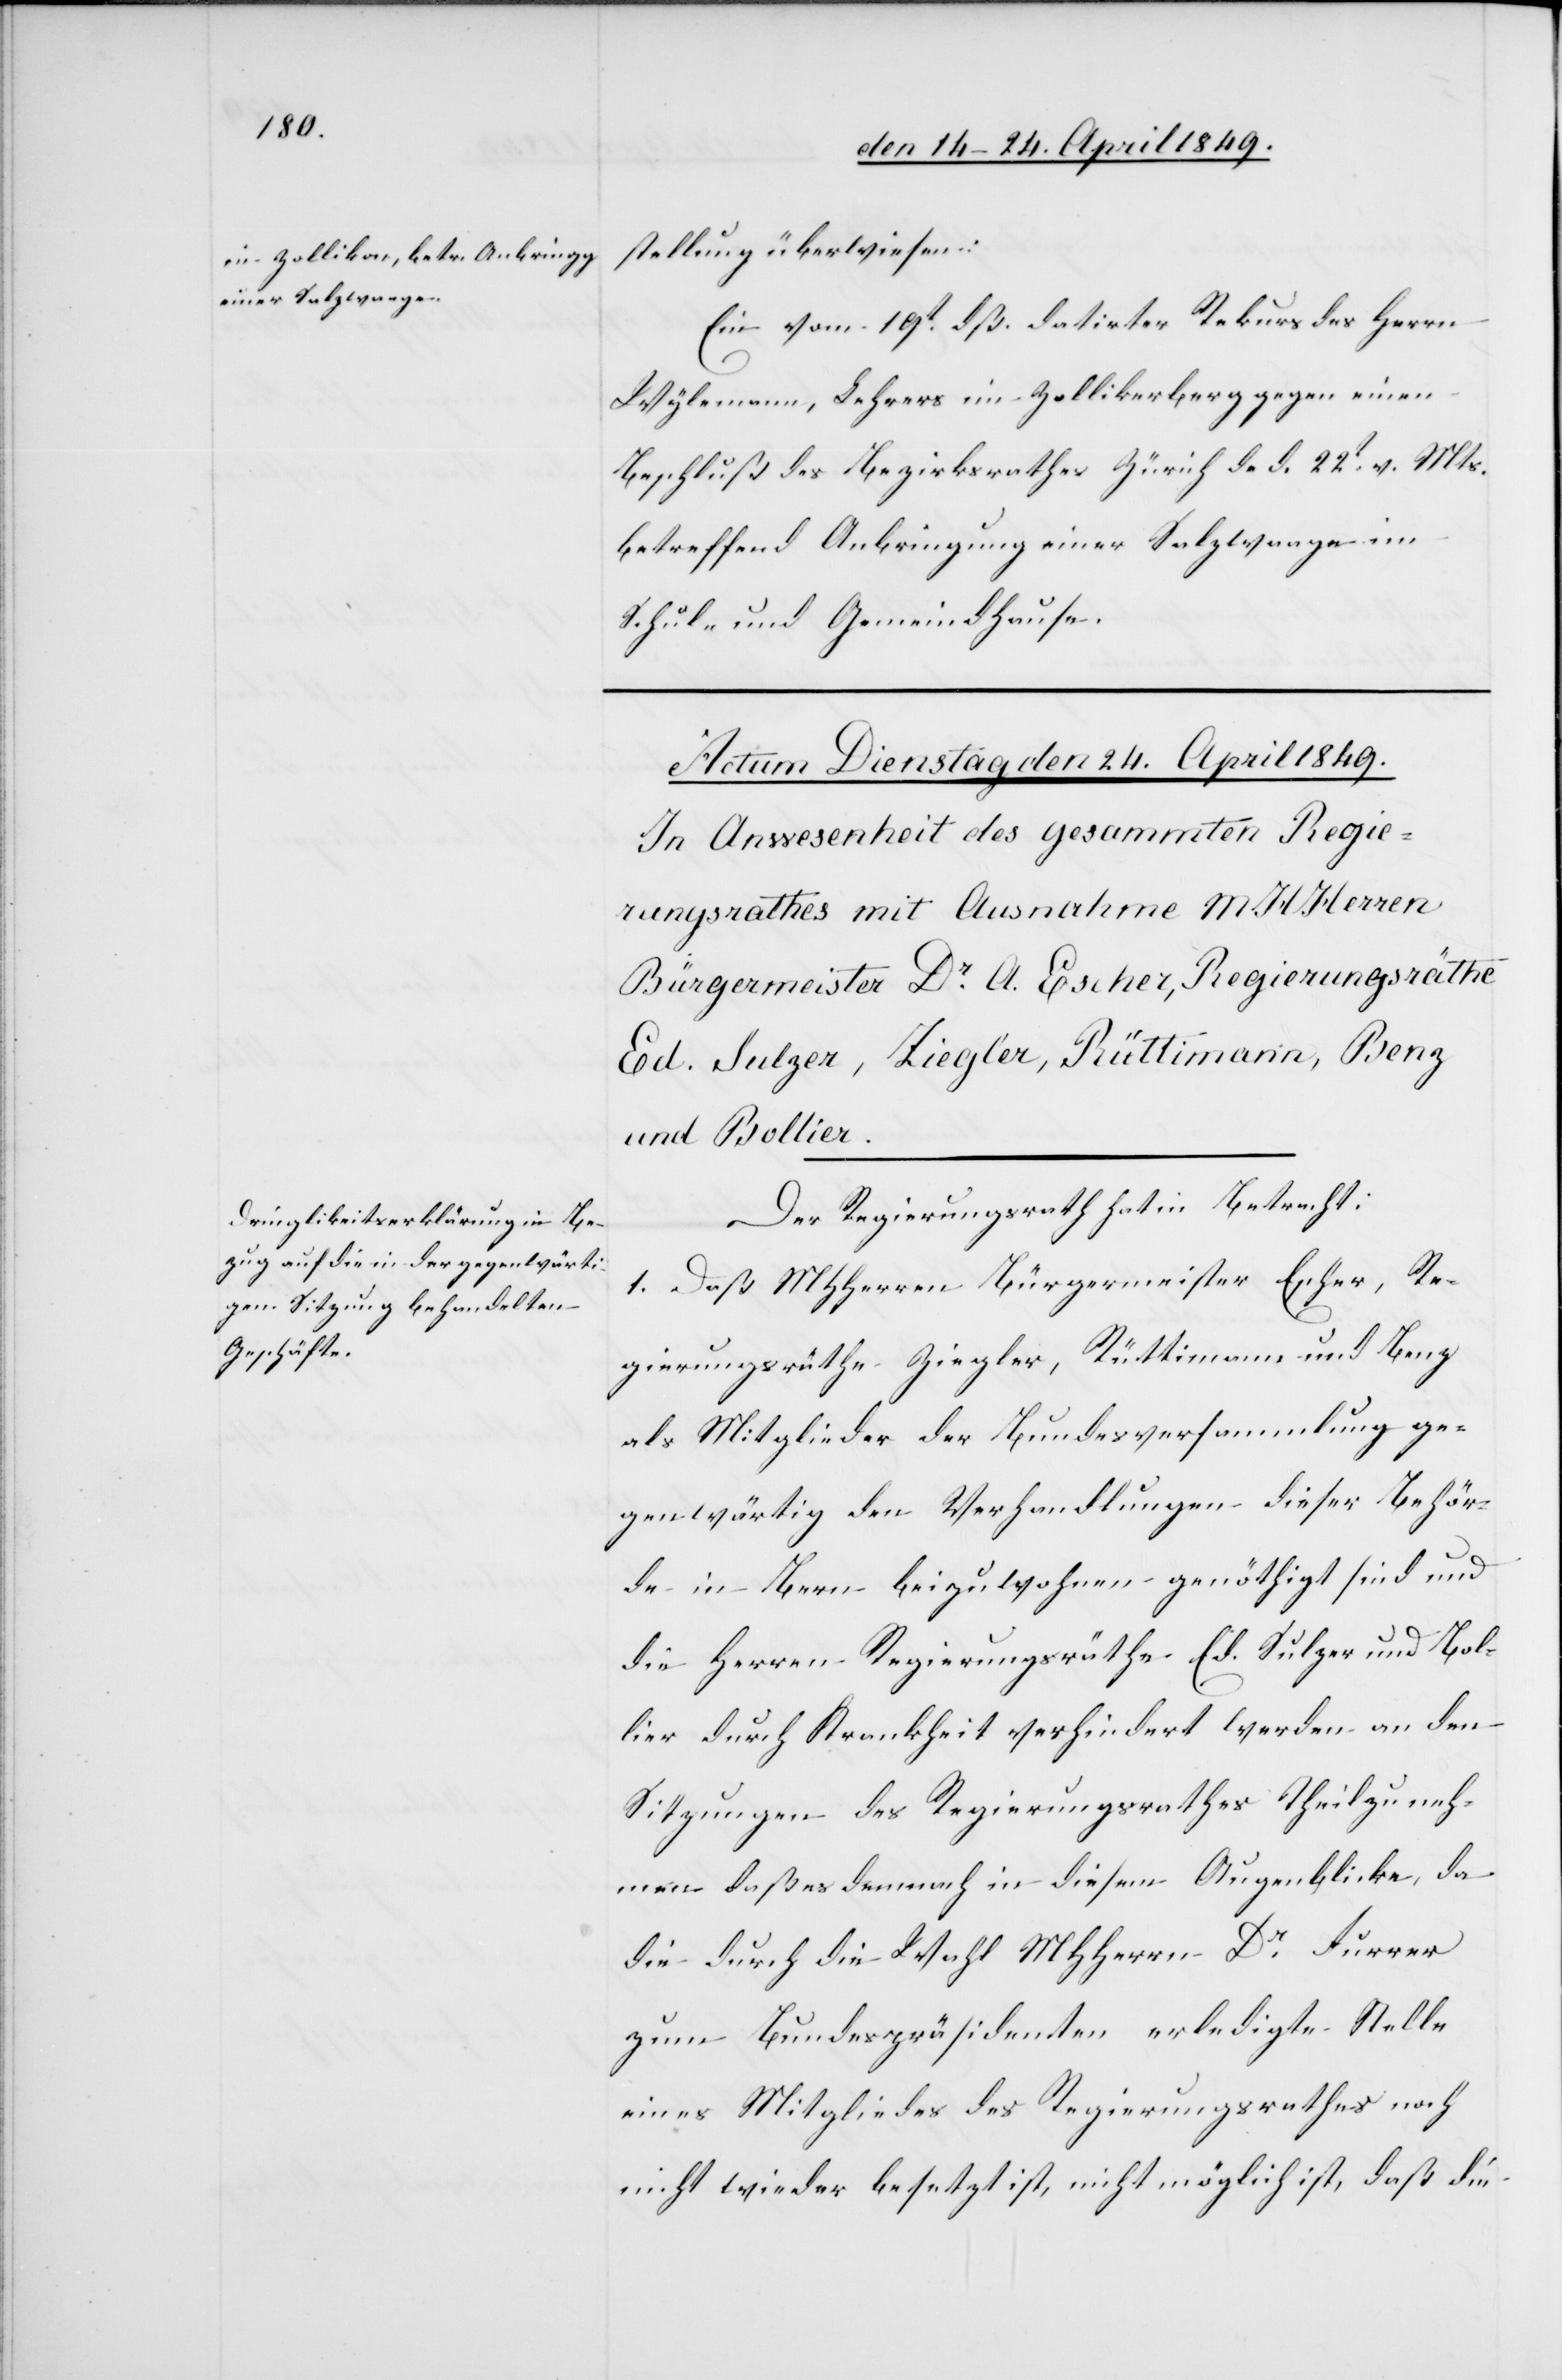
stellung überwiesen:
Ein vom 19t dß. datirter Rekurs des Herrn
Wylemann, Lehrers im Zollikerberg gegen einen
Beschluß des Bezirksrathes Zürich d. d. 22t v. Mts.
betreffend Anbringung einer Salzwaage im
Schule und Gemeindhause.
Der Regierungsrath hat in Betracht:
1. Daß MHHerren Bürgermeister Escher, Re¬
gierungsräthe Ziegler, Rüttimann und Benz
als Mitglieder der Bundesversammlung ge¬
genwärtig den Verhandlungen dieser Behör¬
den in Bern beizuwohnen genöthigt sind und
die Herren Regierungsräthe Ed. Sulzer und Bol¬
lier durch Krankheit verhindert werden an den
Sitzungen des Regierungsrathes Theilzuneh¬
men daß es demnach in diesem Augenblicke, da
die durch die Wahl MHHerrn Dr Furrer
zum Bundespräsidenten erledigte Stelle
eines Mitgliedes des Regierungsrathes noch
nicht wieder besetzt ist, nicht möglich ist, daß die